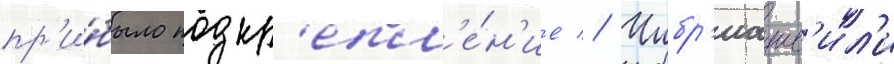
пр'и́было подкр'епл'е́н'ие // Чибр'иашв'ил'и